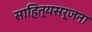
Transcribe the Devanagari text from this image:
साहित्यसर्जना